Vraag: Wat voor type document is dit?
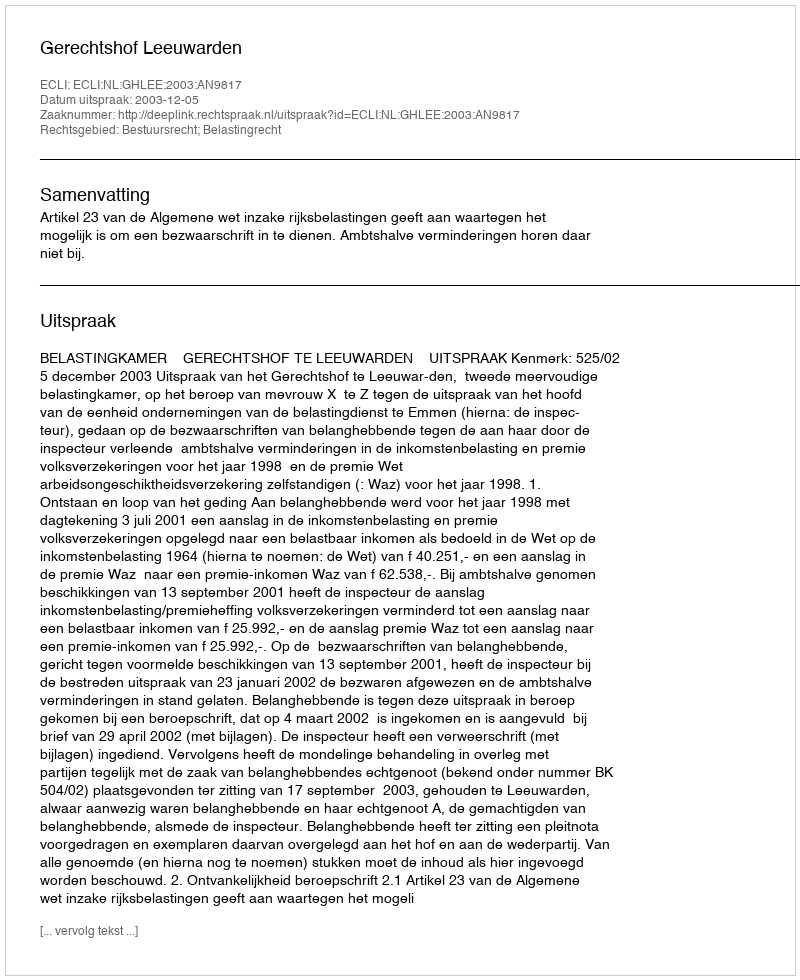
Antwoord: Uitspraak